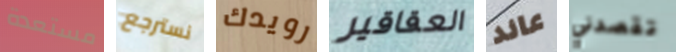
مستعدة نسترجع رويدك العقاقير عائد تقصدني